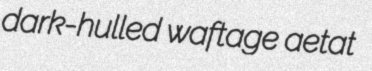
dark-hulled waftage aetat